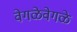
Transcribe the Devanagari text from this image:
वेगळेवेगळे